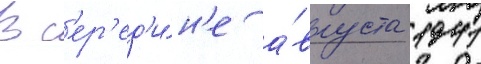
В с'ер'ед'и́н'е а́вгуста 1941